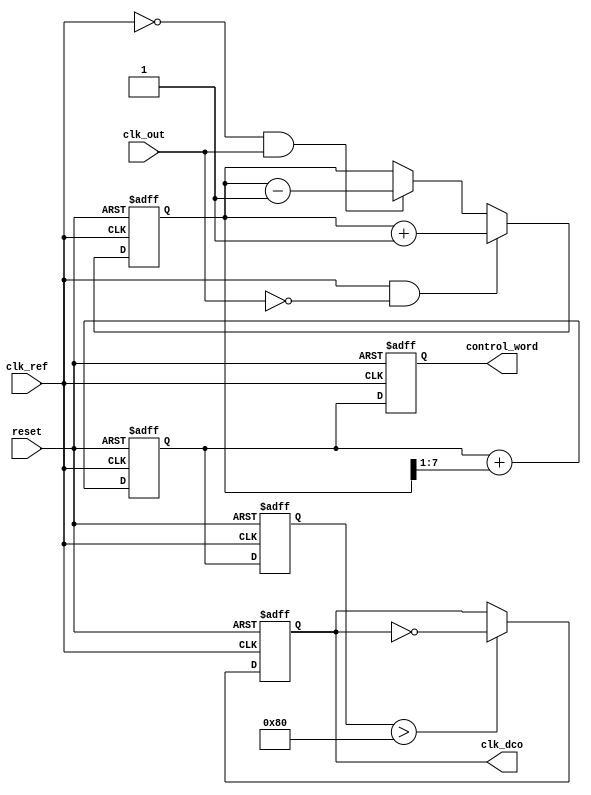
module adpll (
    input wire clk_ref,          // Reference clock input
    input wire clk_out,          // Output clock from DCO
    input wire reset,            // Asynchronous reset
    output reg clk_dco,          // Output clock from the DCO
    output reg [7:0] control_word // Control word for DCO
);

// Parameters
parameter PHASE_ERROR_WIDTH = 8; // Width of phase error signal
parameter CONTROL_WORD_WIDTH = 8; // Width of control word
parameter MEMORY_SIZE = 256;       // Size of memory blocks

// Memory blocks for storing phase information
reg [PHASE_ERROR_WIDTH-1:0] phase_memory [0:MEMORY_SIZE-1];

// Phase Detector
reg [PHASE_ERROR_WIDTH-1:0] phase_error;

// Loop Filter
reg [CONTROL_WORD_WIDTH-1:0] loop_filter_output;

// DCO
reg [CONTROL_WORD_WIDTH-1:0] dco_frequency;

// Phase Detector Logic
always @(posedge clk_ref or posedge reset) begin
    if (reset) begin
        phase_error <= 0;
    end else begin
        // Simple phase detection logic (can be improved)
        if (clk_ref && !clk_out) begin
            phase_error <= phase_error + 1; // Phase lead
        end else if (!clk_ref && clk_out) begin
            phase_error <= phase_error - 1; // Phase lag
        end
    end
end

// Loop Filter Logic
always @(posedge clk_ref or posedge reset) begin
    if (reset) begin
        loop_filter_output <= 0;
    end else begin
        // Simple low-pass filter (can be improved)
        loop_filter_output <= loop_filter_output + (phase_error >> 1);
    end
end

// DCO Logic
always @(posedge clk_ref or posedge reset) begin
    if (reset) begin
        dco_frequency <= 0;
        clk_dco <= 0;
    end else begin
        // Update DCO frequency based on loop filter output
        dco_frequency <= loop_filter_output;
        
        // Generate output clock based on DCO frequency
        // Simple toggle logic for demonstration (can be improved)
        if (dco_frequency > 128) begin
            clk_dco <= ~clk_dco; // Toggle clock if frequency exceeds threshold
        end
    end
end

// Control Word Logic
always @(posedge clk_ref or posedge reset) begin
    if (reset) begin
        control_word <= 0;
    end else begin
        // Update control word based on loop filter output
        control_word <= loop_filter_output[CONTROL_WORD_WIDTH-1:0];
    end
end

endmodule